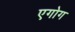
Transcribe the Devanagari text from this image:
एगोग